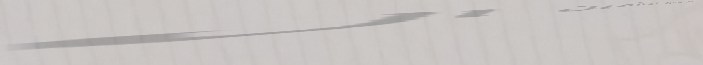
استشارة مجانية للتأمين ال